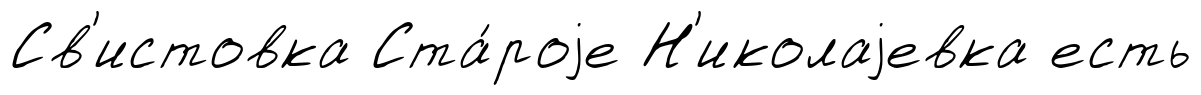
Св'истовка Ста́роjе Н'иколаjевка есть